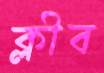
ক্লীব